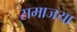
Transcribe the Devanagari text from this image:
समाजया